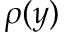
\rho ( y )